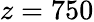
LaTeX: z=750